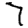
Digit: 7